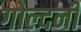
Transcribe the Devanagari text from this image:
गोल्दनी